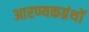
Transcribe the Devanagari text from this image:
आरण्यकग्रंथों